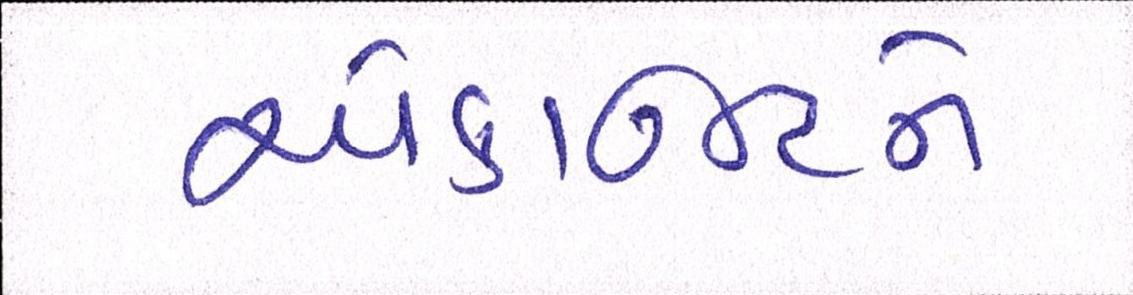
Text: એકાઉન્ટને